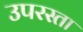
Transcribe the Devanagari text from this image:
उपरस्ता